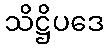
သိဋ္ဌိပဒေ